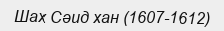
Шах Сәид хан (1607-1612)